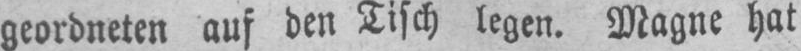
geordneten auf den Tisch legen. Magne hat